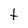
Character: t